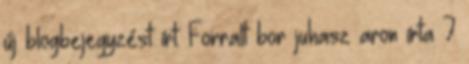
új blogbejegyzést írt: Forralt bor juhasz aron írta 7